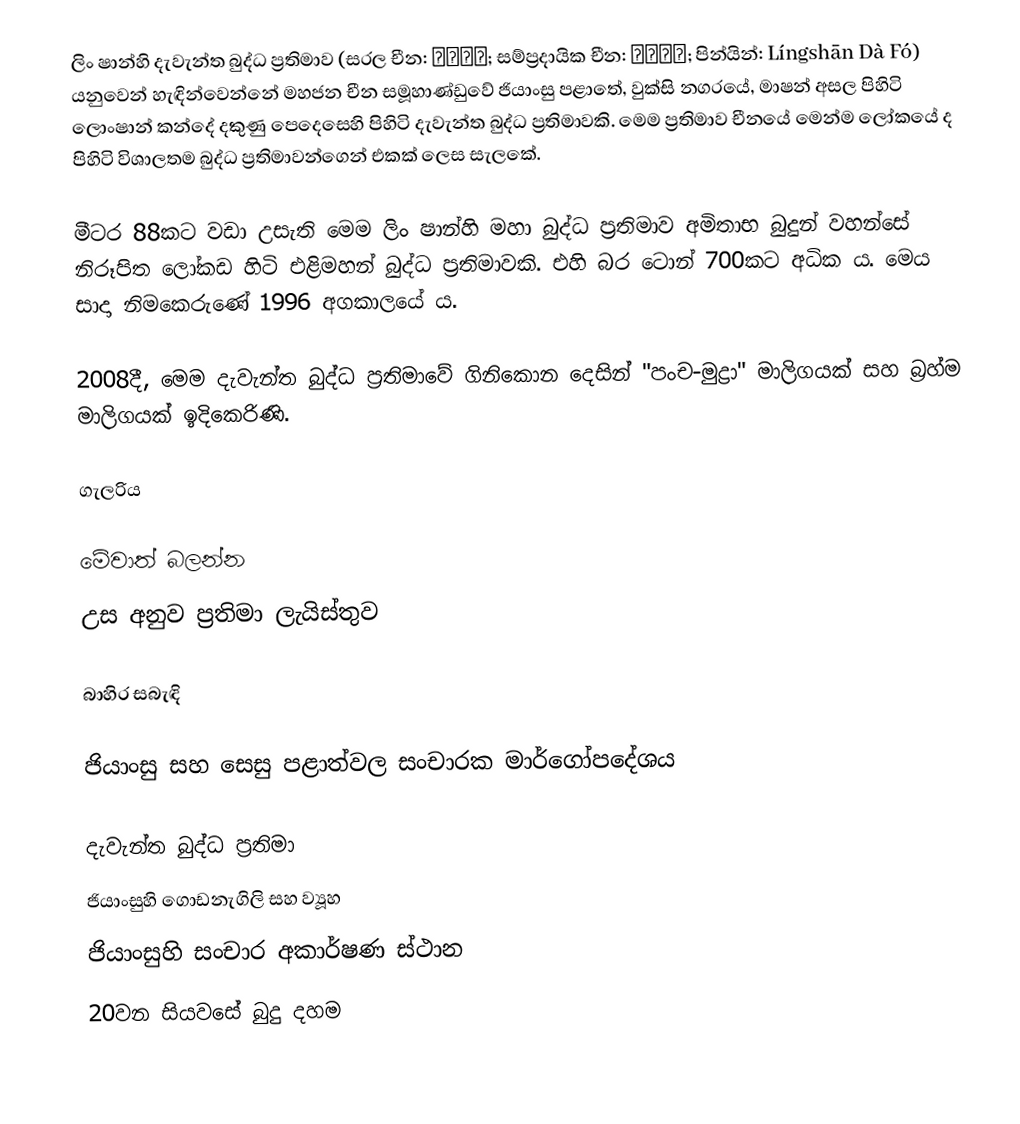
ලිං ෂාන්හි දැවැන්ත බුද්ධ ප්‍රතිමාව (සරල චීන: 灵山大佛; සම්ප්‍රදායික චීන: 靈山大佛; පින්යින්: Língshān Dà Fó) යනුවෙන් හැඳින්වෙන්නේ මහජන චීන සමූහාණ්ඩුවේ ජියාංසු පළාතේ, වුක්සි නගරයේ, මාෂන් අසල පිහිටි ලොංෂාන් කන්දේ දකුණු පෙදෙසෙහි පිහිටි දැවැන්ත බුද්ධ ප්‍රතිමාවකි. මෙම ප්‍රතිමාව චීනයේ මෙන්ම ලෝකයේ ද පිහිටි විශාලතම බුද්ධ ප්‍රතිමාවන්ගෙන් එකක් ලෙස සැලකේ.

මීටර 88කට වඩා උසැති මෙම ලිං ෂාන්හි මහා බුද්ධ ප්‍රතිමාව අමිතාභ බුදුන් වහන්සේ නිරූපිත ලෝකඩ හිටි එළිමහන් බුද්ධ ප්‍රතිමාවකි. එහි බර ටොන් 700කට අධික ය. මෙය සාදා නිමකෙරුණේ 1996 අගකාලයේ ය.

2008දී, මෙම දැවැන්ත බුද්ධ ප්‍රතිමාවේ ගිනිකොන දෙසින් "පංච-මුද්‍රා" මාලිගයක් සහ බ්‍රහ්ම මාලිගයක් ඉදිකෙරිණි.

ගැලරිය

මේවාත් බලන්න
උස අනුව ප්‍රතිමා ලැයිස්තුව

බාහිර සබැඳි

ජියාංසු සහ සෙසු පළාත්වල සංචාරක මාර්ගෝපදේශය

දැවැන්ත බුද්ධ ප්‍රතිමා
ජියාංසුහි ගොඩනැගිලි සහ ව්‍යූහ
ජියාංසුහි සංචාර අකාර්ෂණ ස්ථාන
20වන සියවසේ බුදු දහම